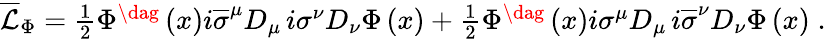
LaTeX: \begin{array}{r}{\overline{{\mathcal{L}}}_{\Phi}=\frac{1}{2}\Phi^{\dag}\left(x\right)i\overline{{\sigma}}^{\mu}D_{\mu}\, i\sigma^{\nu}D_{\nu}\Phi\left(x\right)+\frac{1}{2}\Phi^{\dag}\left(x\right)i\sigma^{\mu}D_{\mu}\, i\overline{{\sigma}}^{\nu}D_{\nu}\Phi\left(x\right)\; .}\end{array}